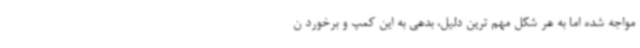
مواجه شده اما به هر شکل مهم ترین دلیل، بدهی به این کمپ و برخورد ن